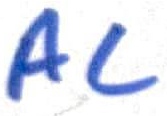
Text: AC